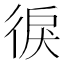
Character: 𱝲